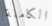
الكاملة